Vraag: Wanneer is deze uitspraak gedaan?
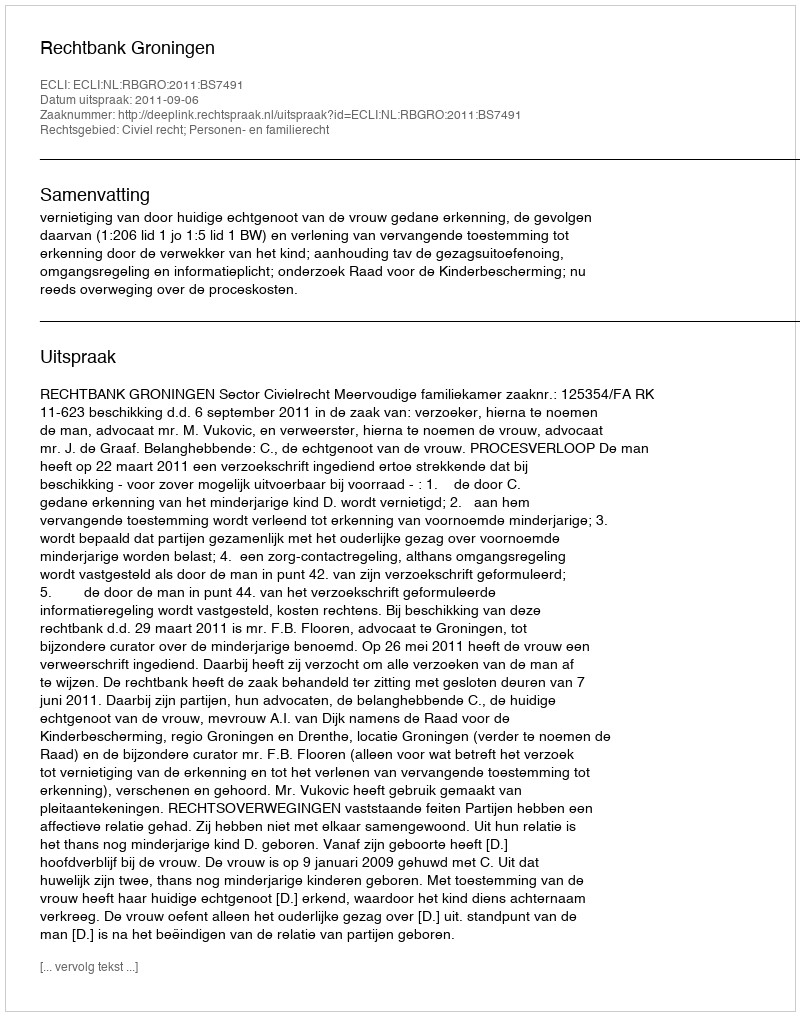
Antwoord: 2011-09-06